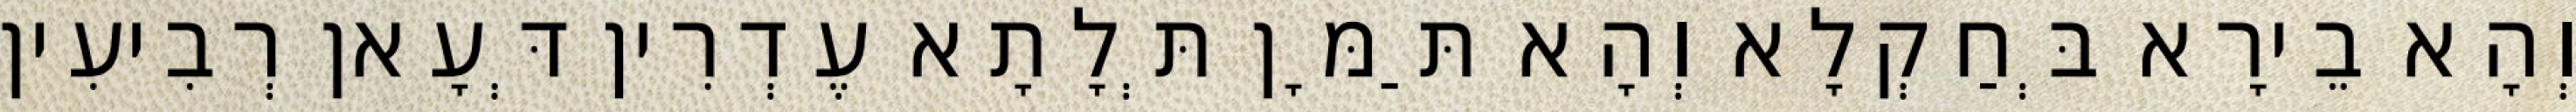
וְהָא בֵירָא בְּחַקְלָא וְהָא תַּמָּן תְּלָתָא עֶדְרִין דְּעָאן רְבִיעִין